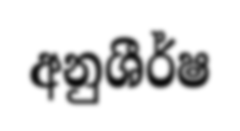
අනුශීර්ෂ